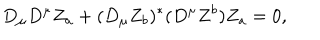
D _ { \mu } D ^ { \mu } Z _ { a } + ( D _ { \mu } Z _ { b } ) ^ { * } ( D ^ { \mu } Z ^ { b } ) Z _ { a } = 0 ,